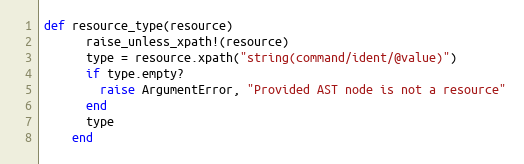
Language: Ruby
def resource_type(resource)
      raise_unless_xpath!(resource)
      type = resource.xpath("string(command/ident/@value)")
      if type.empty?
        raise ArgumentError, "Provided AST node is not a resource"
      end
      type
    end